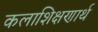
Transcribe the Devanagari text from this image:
कलाशिक्षणार्थ